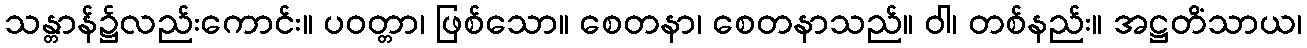
သန္တာန်၌လည်းကောင်း။ ပဝတ္တာ၊ ဖြစ်သော။ စေတနာ၊ စေတနာသည်။ ဝါ၊ တစ်နည်း။ အဋ္ဌတိံသာယ၊